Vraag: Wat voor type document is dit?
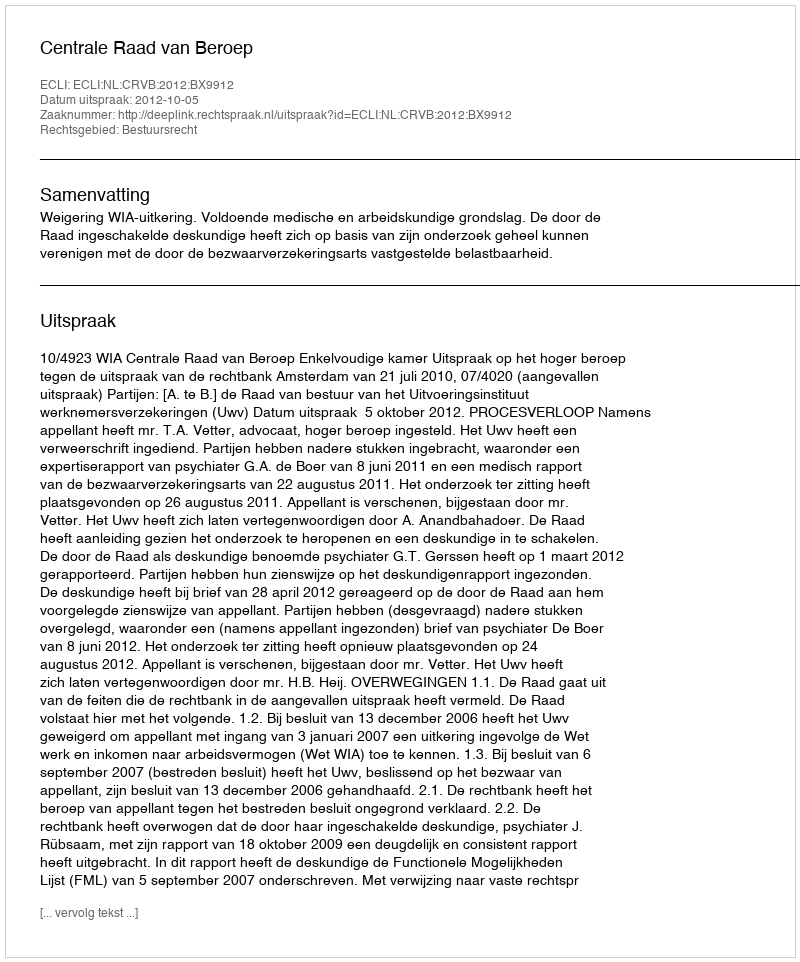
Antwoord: Uitspraak